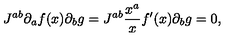
J ^ { a b } \partial _ { a } f ( x ) \partial _ { b } g = J ^ { a b } \frac { x ^ { a } } { x } f ^ { \prime } ( x ) \partial _ { b } g = 0 ,